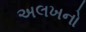
અલખનો